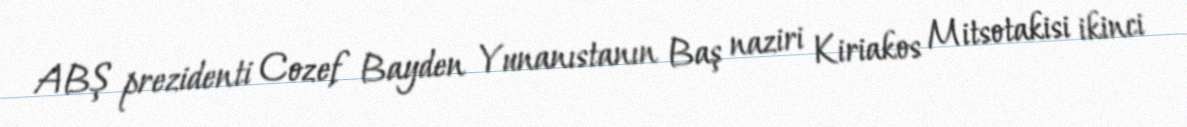
ABŞ prezidenti Cozef Bayden Yunanıstanın Baş naziri Kiriakos Mitsotakisi ikinci